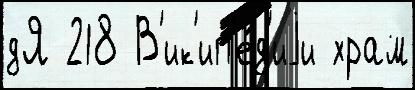
дЯ 218 В'ик'ип'е́д'иjи храм